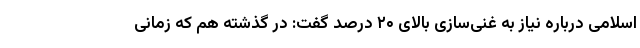
اسلامی درباره نیاز به غنی‌سازی بالای ۲۰ درصد گفت: در گذشته هم که زمانی